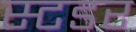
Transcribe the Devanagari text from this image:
स्टडर